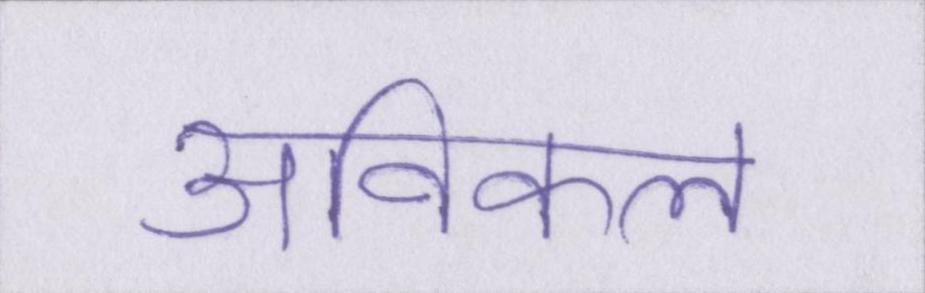
अविकल